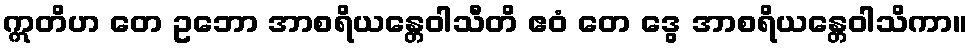
ဣတိဟ တေ ဥဘော အာစရိယန္တေဝါသီတိ ဧဝံ တေ ဒွေ အာစရိယန္တေဝါသိကာ။